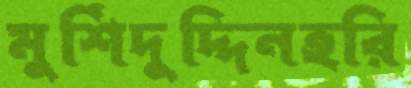
মুর্শিদুদ্দিনহরি